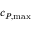
c _ { P , { \operatorname* { m a x } } }